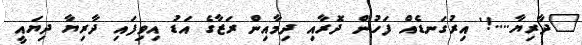
"ދާރިޔާ....!' އިރުގަނޑެއް ފަހުން ދޮރާއި ދިމާއިން ރަޒާގެ އަޑު އިވިފައި ދާރިޔާ ދިޔައީ